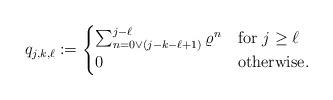
LaTeX: \begin{align*} q_{j,k,\ell} := \begin{cases} \sum_{n=0 \vee (j-k-\ell+1)}^{j-\ell} \varrho^{n} & \textnormal{for } j \geq \ell \\ 0 & \textnormal{otherwise.} \end{cases} \end{align*}